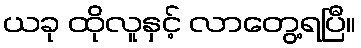
ယခု ထိုလူနှင့် လာတွေ့ရပြီ။